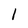
Character: 1